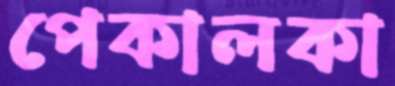
পেকালকা